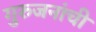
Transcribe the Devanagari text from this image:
गुरुजनांची